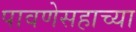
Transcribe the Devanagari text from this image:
पावणेसहाच्या